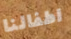
اطفالنا